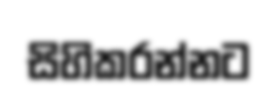
සිහිකරන්නට